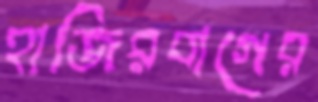
হাজিরবাগের